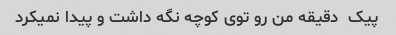
پیک  دقیقه من رو توی کوچه نگه داشت و پیدا نمیکرد